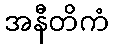
အနီတိကံ